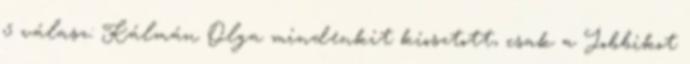
5 válasz: Kálmán Olga mindenkit kiosztott, csak a Jobbikot